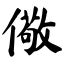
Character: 儆